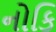
નોકિ